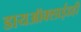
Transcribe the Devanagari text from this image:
डायऑक्साईडही